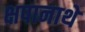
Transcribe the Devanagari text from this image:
क्षपानाथे